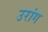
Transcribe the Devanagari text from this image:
उरांग